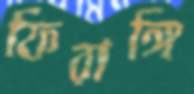
ফিরাঙ্গি